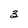
Character: 3